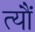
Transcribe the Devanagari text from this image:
त्‍यौं